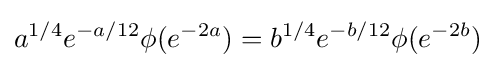
a^{1/4}e^{-a/12}\phi (e^{-2a})=b^{1/4}e^{-b/12}\phi (e^{-2b})